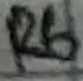
Text: R6